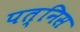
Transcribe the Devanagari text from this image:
पत्निस